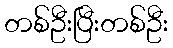
တစ်ဦးပြီးတစ်ဦး